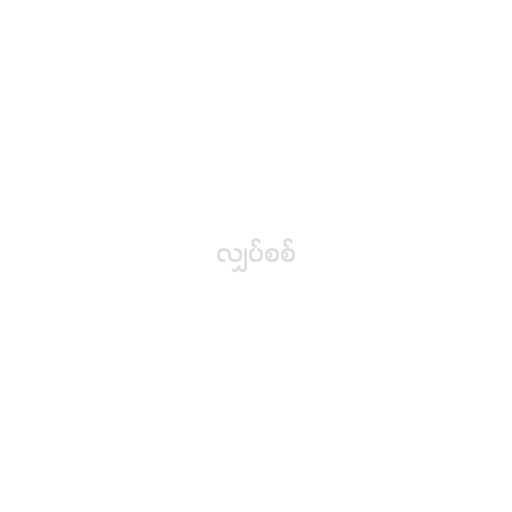
လျှပ်စစ်